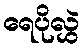
ရေပိုလွှဲ